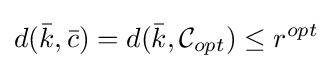
d({\bar {k}},{\bar {c}})=d({\bar {k}},{\mathcal {C}}_{opt})\leq r^{opt}